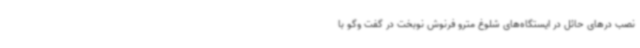
نصب درهای حائل در ایستگاه‌های شلوغ مترو فرنوش نوبخت در گفت وگو با